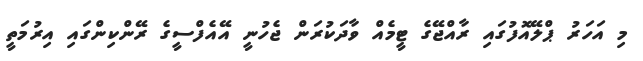
މި އަހަރު ޕްލޭއޮފުގައި ރާއްޖޭގެ ޓީމެއް ވާދަކުރަން ޖެހުނީ އޭއެފްސީގެ ރޭންކިންގައި އިރުމަތީ